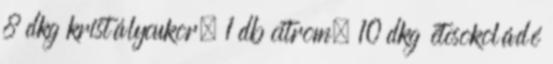
8 dkg kristálycukor, 1 db citrom, 10 dkg étcsokoládé